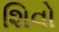
શિવો